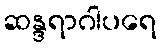
ဆန္ဒရာဂါပရေ